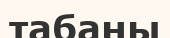
табаны